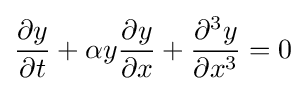
{\frac {\partial y}{\partial t}}+\alpha y{\frac {\partial y}{\partial x}}+{\frac {\partial ^{3}y}{\partial x^{3}}}=0\,\!